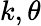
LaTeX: k,\theta